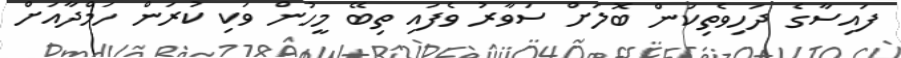
ފައިސާގެ ދަހިވެތިކަން ބޮލަށް ސަވާރު ވެފައި ތިބޭ މީހުން ވަކި ކުރަން ހަމްދާއަށް